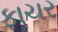
ફાચર